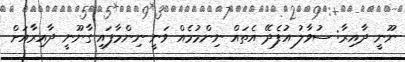
ނޫނީ ދާއިރާ: ސުވާލު އުފެދޭ އެތައް ނިންމުމެއް ވަނީ ނިންމާފައި ގާނޫނީ ދާއިރާއަށް